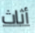
أثاث